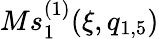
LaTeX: Ms_{1}^{(1)}(\xi,q_{1,5})